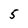
Character: 5